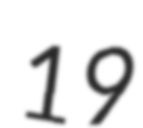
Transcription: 19